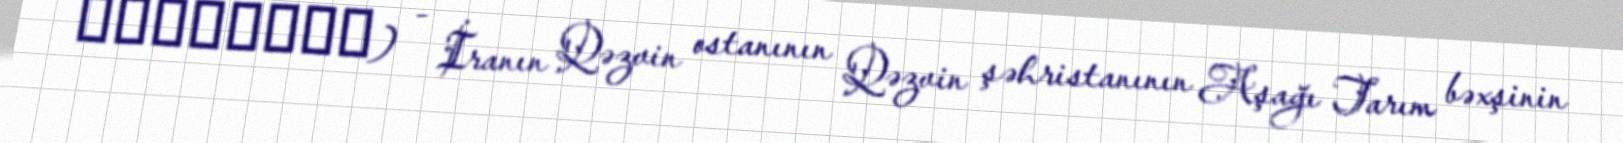
مرتضی‌نک) - İranın Qəzvin ostanının Qəzvin şəhristanının Aşağı Tarım bəxşinin